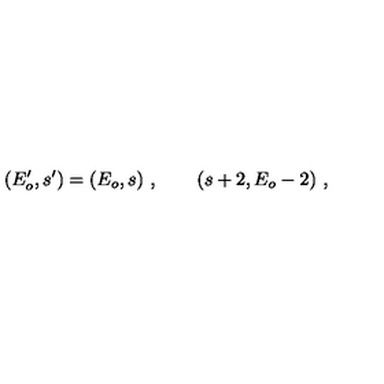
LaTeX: ( E _ { o } ^ { \prime } , s ^ { \prime } ) = ( E _ { o } , s ) \ , \qquad ( s + 2 , E _ { o } - 2 ) \ ,